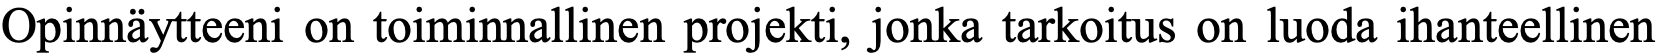
Opinnäytteeni on toiminnallinen projekti, jonka tarkoitus on luoda ihanteellinen